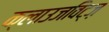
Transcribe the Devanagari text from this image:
क्लाउजविट्ज़